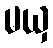
မယှ